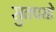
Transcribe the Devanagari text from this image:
सुतपसो